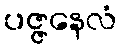
ပဇ္ဇနေလံ